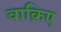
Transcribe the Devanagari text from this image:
वाक़िए